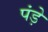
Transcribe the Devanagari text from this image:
पंड़े